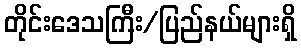
တိုင်းဒေသကြီး/ပြည်နယ်များရှိ